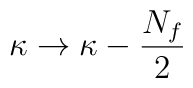
\kappa\rightarrow \kappa - {N_{f}\over 2}